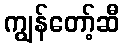
ကျွန်တော့်ဆီ